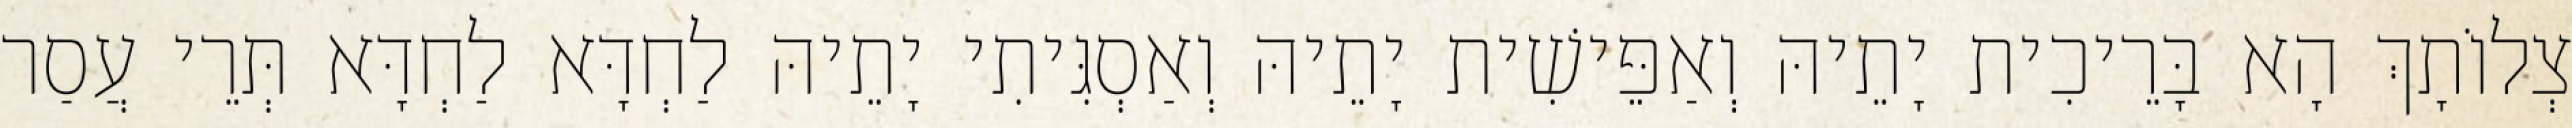
צְלוֹתָךְ הָא בָּרֵיכִית יָתֵיהּ וְאַפֵּישִׁית יָתֵיהּ וְאַסְגִּיתִי יָתֵיהּ לַחְדָּא לַחְדָּא תְּרֵי עֲסַר